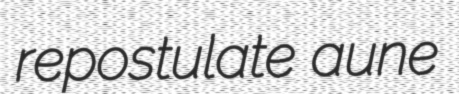
repostulate aune